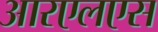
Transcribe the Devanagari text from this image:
आरएलएस